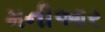
મનીઆર